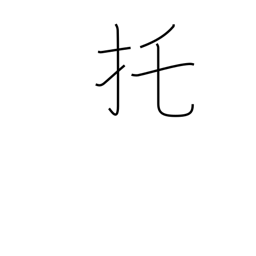
Meaning: entrusting with